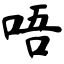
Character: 唔